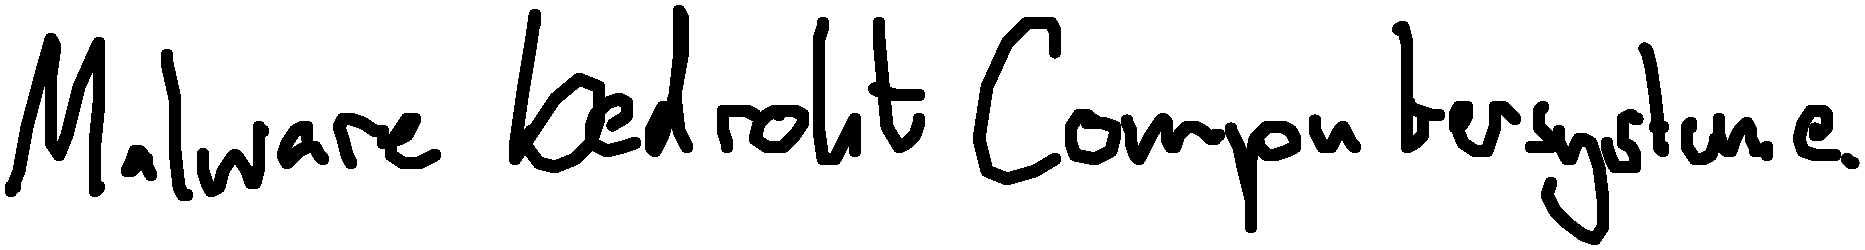
Malware bedroht Computersysteme.